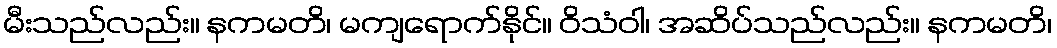
မီးသည်လည်း။ နကမတိ၊ မကျရောက်နိုင်။ ဝိသံဝါ၊ အဆိပ်သည်လည်း။ နကမတိ၊